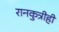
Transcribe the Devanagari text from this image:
रानकुत्रीही